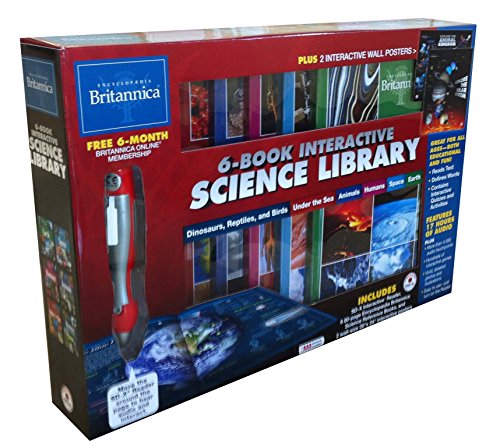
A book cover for Encyclopedia Britannica 6-Book Interactive Science Library; Reference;